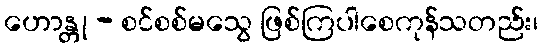
ဟောန္တု - စင်စစ်မသွေ ဖြစ်ကြပါစေကုန်သတည်း၊